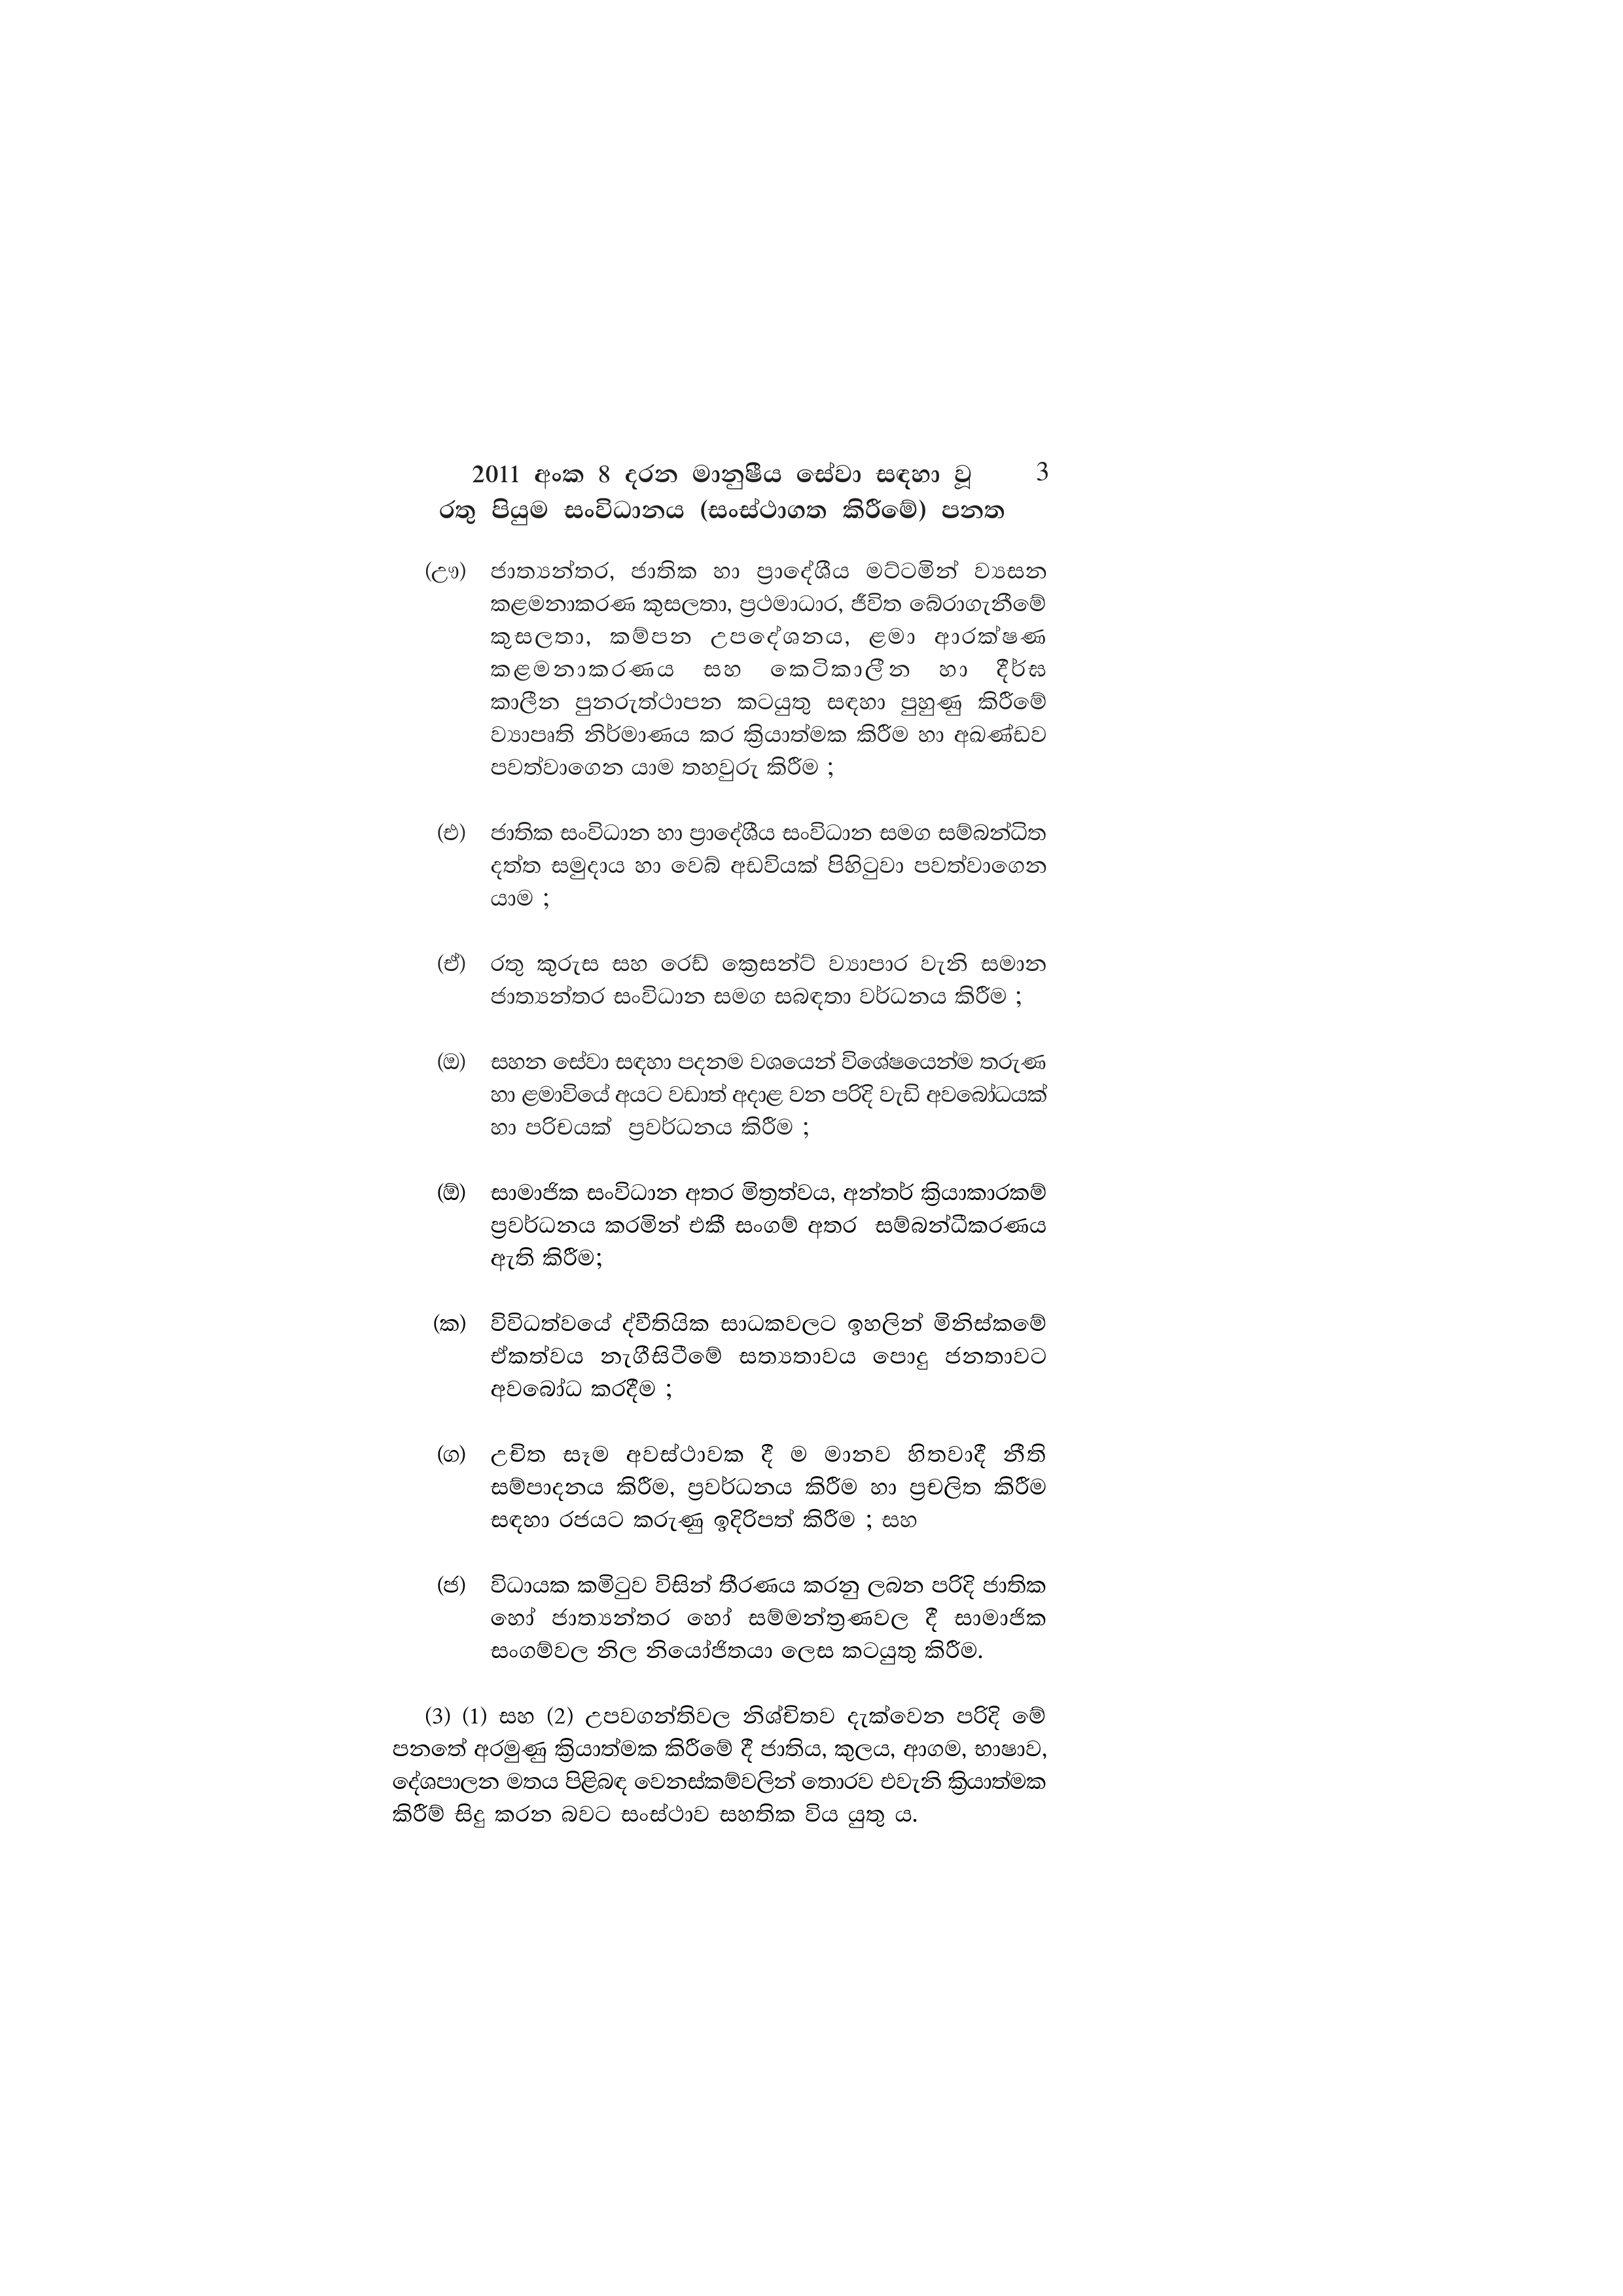
2011 අංක 8 දරන මානුෂීය සේවා සඳහා වූ              3
රතු පියුම සංවිධානය (සංස්ථාගත කිරීමේ) පනත

(ඌ) ජාත්‍යන්තර, ජාතික හා ප්‍රාදේශීය මට්ටමින් ව්‍යසන
කළමනාකරණ කුසලතා, ප්‍රථමාධාර, ජීවිත බේරාගැනීමේ
කුසලතා, කම්පන උපදේශනය, ළමා ආරක්ෂණ
කළමනාකරණය සහ කෙටිකාලීන හා දීර්ඝ
කාලීන පුනරුත්ථාපන කටයුතු සඳහා පුහුණු කිරීමේ
ව්‍යාපෘති නිර්මාණය කර ක්‍රියාත්මක කිරීම හා අඛණ්ඩව
පවත්වාගෙන යාම තහවුරු කිරීම ;

(එ)ජාතික සංවිධාන හා ප්‍රාදේශීය සංවිධාන සමග සම්බන්ධිත
දත්ත සමුදාය හා වෙබ් අඩවියක් පිහිටුවා පවත්වාගෙන
යාම ;

(ඒ) රතු කුරුස සහ රෙඩ් ක්‍රෙසන්ට් ව්‍යාපාර වැනි සමාන
ජාත්‍යන්තර සංවිධාන සමග සබඳතා වර්ධනය කිරීම ;

(ඔ) සහන සේවා සඳහා පදනම වශයෙන් විශේෂයෙන්ම තරුණ
හා ළමාවියේ අයට වඩාත් අදාළ වන පරිදි වැඩි අවබෝධයක්
හා පරිචයක් ප්‍රවර්ධනය කිරීම ;

(ඕ) සාමාජික සංවිධාන අතර මිත්‍රත්වය, අන්තර් ක්‍රියාකාරකම්
ප්‍රවර්ධනය කරමින් එකී සංගම් අතර සම්බන්ධීකරණය
ඇති කිරීම;

(ක) විවිධත්වයේ ද්වීතියික සාධකවලට ඉහලින් මිනිස්කමේ
ඒකත්වය නැගීසිටීමේ සත්‍යතාවය පොදු ජනතාවට
අවබෝධ කරදීම ;

(ග) උචිත සෑම අවස්ථාවක දී ම මානව හිතවාදී නීති
සම්පාදනය කිරීම, ප්‍රවර්ධනය කිරීම හා ප්‍රචලිත කිරීම
සඳහා රජයට කරුණු ඉදිරිපත් කිරීම ; සහ

(ජ) විධායක කමිටුව විසින් තීරණය කරනු ලබන පරිදි ජාතික
හෝ ජාත්‍යන්තර හෝ සම්මන්ත්‍රණවල දී සාමාජික
සංගම්වල නිල නියෝජිතයා ලෙස කටයුතු කිරීම.

(3) (1) සහ (2) උපවගන්තිවල නිශ්චිතව දැක්වෙන පරිදි මේ
පනතේ අරමුණු ක්‍රියාත්මක කිරීමේ දී ජාතිය, කුලය, ආගම, භාෂාව,
දේශපාලන මතය පිළිබඳ වෙනස්කම්වලින් තොරව එවැනි ක්‍රියාත්මක
කිරීම් සිදු කරන බවට සංස්ථාව සහතික විය යුතු ය.